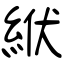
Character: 絥